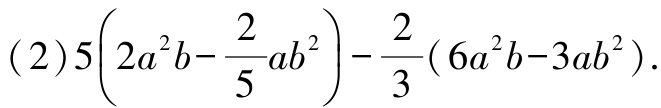
(2)$5\left(2a^{2}b - \dfrac{2}{5}ab^{2}\right)-\dfrac{2}{3}(6a^{2}b - 3ab^{2})$